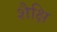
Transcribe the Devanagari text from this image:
शैक्षि